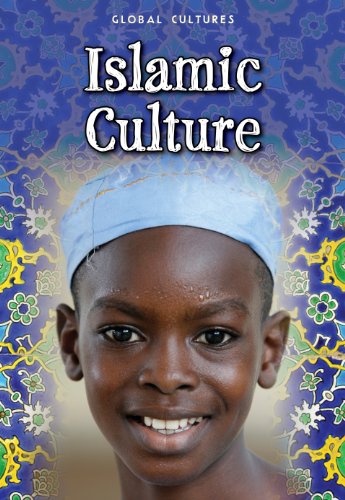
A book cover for Islamic Culture (Global Cultures); Charlotte Guillain; Children's Books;